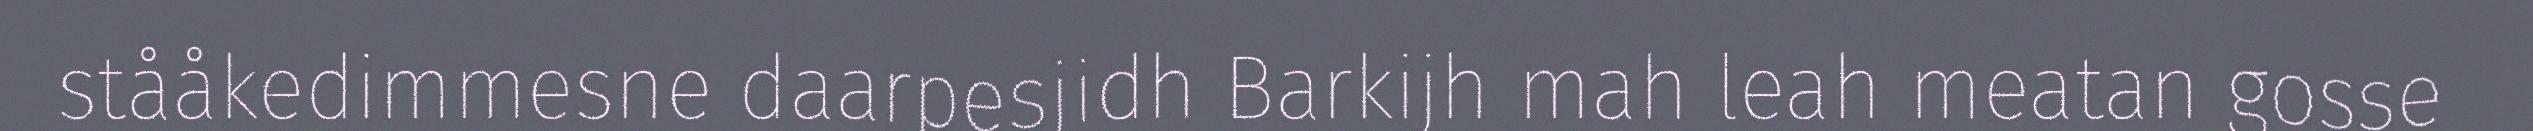
stååkedimmesne daarpesjidh Barkijh mah leah meatan gosse